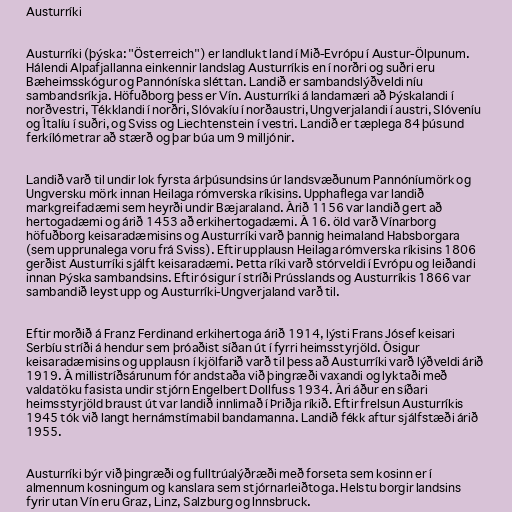
Austurríki

Austurríki (þýska: "Österreich") er landlukt land í Mið-Evrópu í Austur-Ölpunum.
Hálendi Alpafjallanna einkennir landslag Austurríkis en í norðri og suðri eru
Bæheimsskógur og Pannóníska sléttan. Landið er sambandslýðveldi níu
sambandsríkja. Höfuðborg þess er Vín. Austurríki á landamæri að Þýskalandi í
norðvestri, Tékklandi í norðri, Slóvakíu í norðaustri, Ungverjalandi í austri, Slóveníu
og Ítalíu í suðri, og Sviss og Liechtenstein í vestri. Landið er tæplega 84 þúsund
ferkílómetrar að stærð og þar búa um 9 milljónir.

Landið varð til undir lok fyrsta árþúsundsins úr landsvæðunum Pannóníumörk og
Ungversku mörk innan Heilaga rómverska ríkisins. Upphaflega var landið
markgreifadæmi sem heyrði undir Bæjaraland. Árið 1156 var landið gert að
hertogadæmi og árið 1453 að erkihertogadæmi. Á 16. öld varð Vínarborg
höfuðborg keisaradæmisins og Austurríki varð þannig heimaland Habsborgara
(sem upprunalega voru frá Sviss). Eftir upplausn Heilaga rómverska ríkisins 1806
gerðist Austurríki sjálft keisaradæmi. Þetta ríki varð stórveldi í Evrópu og leiðandi
innan Þýska sambandsins. Eftir ósigur í stríði Prússlands og Austurríkis 1866 var
sambandið leyst upp og Austurríki-Ungverjaland varð til.

Eftir morðið á Franz Ferdinand erkihertoga árið 1914, lýsti Frans Jósef keisari
Serbíu stríði á hendur sem þróaðist síðan út í fyrri heimsstyrjöld. Ósigur
keisaradæmisins og upplausn í kjölfarið varð til þess að Austurríki varð lýðveldi árið
1919. Á millistríðsárunum fór andstaða við þingræði vaxandi og lyktaði með
valdatöku fasista undir stjórn Engelbert Dollfuss 1934. Ári áður en síðari
heimsstyrjöld braust út var landið innlimað í Þriðja ríkið. Eftir frelsun Austurríkis
1945 tók við langt hernámstímabil bandamanna. Landið fékk aftur sjálfstæði árið
1955.

Austurríki býr við þingræði og fulltrúalýðræði með forseta sem kosinn er í
almennum kosningum og kanslara sem stjórnarleiðtoga. Helstu borgir landsins
fyrir utan Vín eru Graz, Linz, Salzburg og Innsbruck.